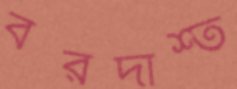
বরদাশ্ত